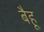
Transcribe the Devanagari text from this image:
बैहू